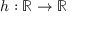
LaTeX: h : \mathbb { R } \rightarrow \mathbb { R }